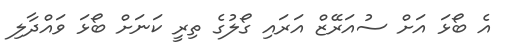
އެ ބޯޅަ އަށް ސުއަރޭޒް އަރައި ގޯލުގެ ތިރީ ކަނަށް ބޯޅަ ވައްދާލި